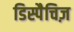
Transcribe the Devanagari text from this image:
डिस्पैचिज़